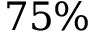
7 5 \%